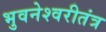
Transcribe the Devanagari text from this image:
भुवनेश्वरीतंत्र